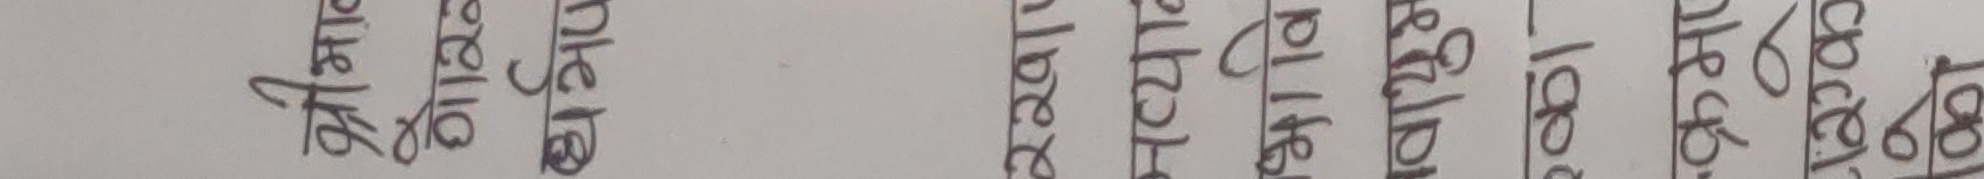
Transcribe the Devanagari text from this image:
चिया कफी लगायत